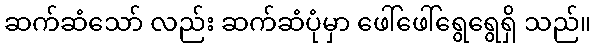
ဆက်ဆံသော် လည်း ဆက်ဆံပုံမှာ ဖေါ်ဖေါ်ရွေရွေရှိ သည်။